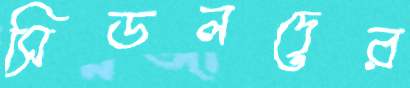
সিডলদের